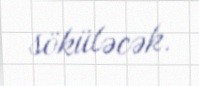
söküləcək.